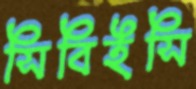
সিবিইসি